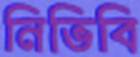
নিভিবি